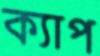
ক্যাপ